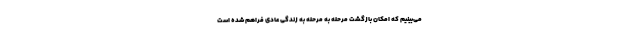
می‌بینیم که امکان بازگشت مرحله به مرحله به زندگی عادی فراهم شده است